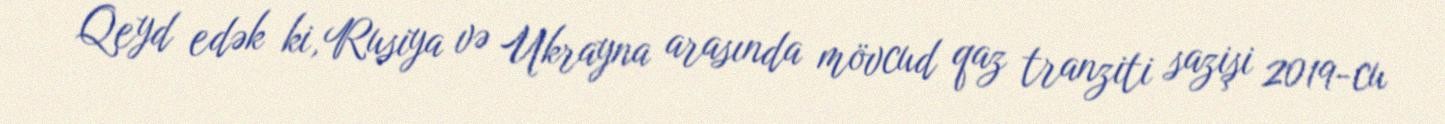
Qeyd edək ki, Rusiya və Ukrayna arasında mövcud qaz tranziti sazişi 2019-cu